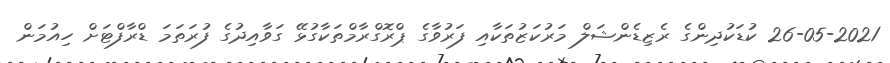
26-05-2021 ކުޑަކުދިންގެ ރެޒިޑެންޝަލް މަރުކަޒުތަކާއި ފަރުވާގެ ޕްރޮގްރާމްތަކާގުޅޭ ގަވާއިދުގެ ފުރަތަމަ ޑްރާފްޓަށް ހިއުމަން